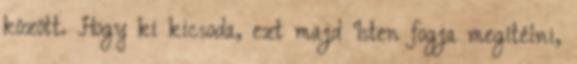
között. Hogy ki kicsoda, ezt majd Isten fogja megítélni,